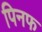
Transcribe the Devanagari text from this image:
पिनफ